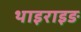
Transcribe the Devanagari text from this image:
थाइराइङ